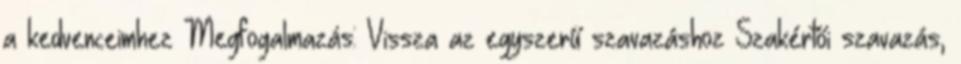
a kedvenceimhez Megfogalmazás: Vissza az egyszerű szavazáshoz Szakértői szavazás,